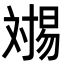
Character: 𬁏